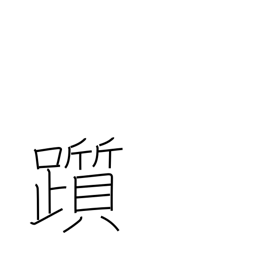
Meaning: stumble